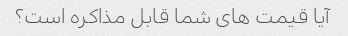
آیا قیمت های شما قابل مذاکره است؟